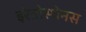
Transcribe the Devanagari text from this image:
इरेतोस्थेनस